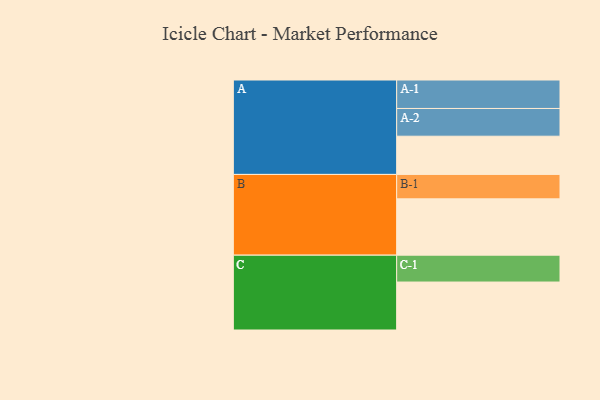
{"axis": {"x": "Segment", "y": "Value"}, "legend": ["", "A", "B", "C"], "data": [{"x": "A", "y": 310, "type": ""}, {"x": "B", "y": 457, "type": ""}, {"x": "C", "y": 389, "type": ""}, {"x": "A-1", "y": 231, "type": "A"}, {"x": "A-2", "y": 225, "type": "A"}, {"x": "B-1", "y": 198, "type": "B"}, {"x": "C-1", "y": 218, "type": "C"}]}